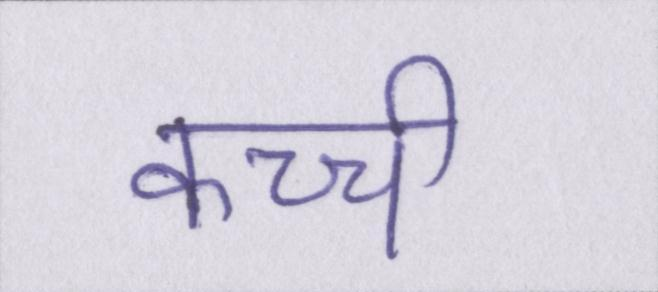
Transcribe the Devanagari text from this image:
कच्ची